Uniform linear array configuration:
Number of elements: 8
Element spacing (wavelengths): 0.5
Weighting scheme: binomial
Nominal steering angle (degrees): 45
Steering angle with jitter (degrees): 43.596
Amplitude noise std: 0.05
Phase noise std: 0.05

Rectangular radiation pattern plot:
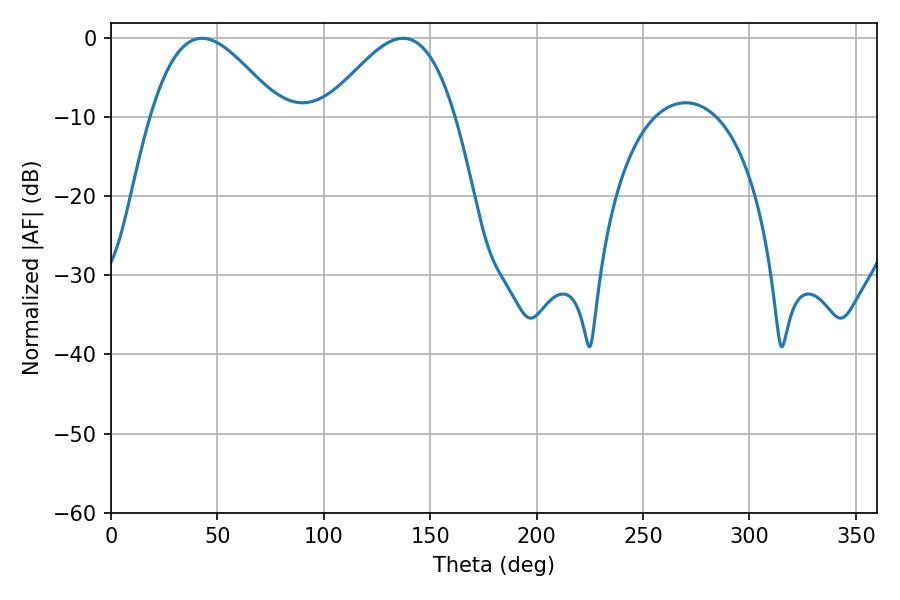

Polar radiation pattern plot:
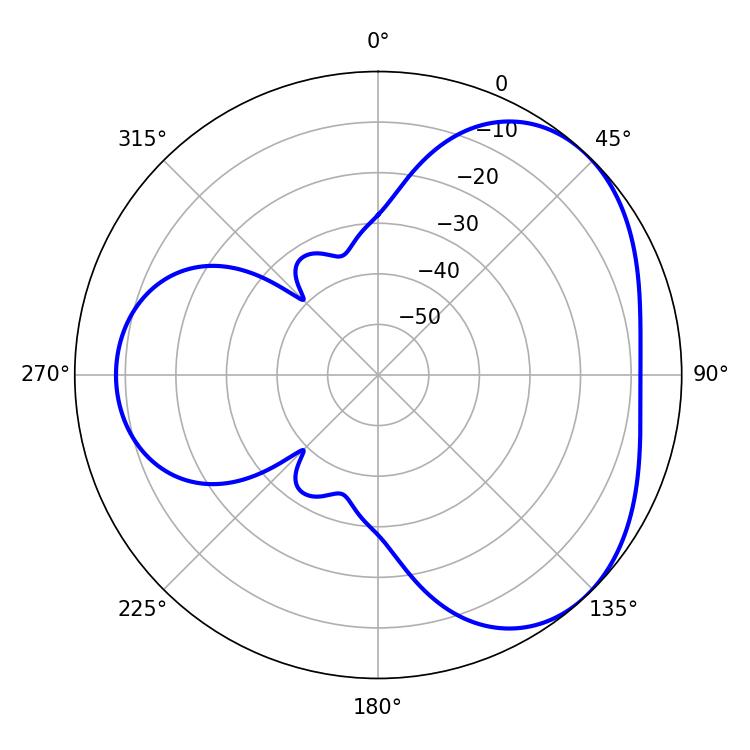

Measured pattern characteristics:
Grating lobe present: FALSE
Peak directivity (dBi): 3.835
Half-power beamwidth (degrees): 32.58
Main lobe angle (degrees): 42.66